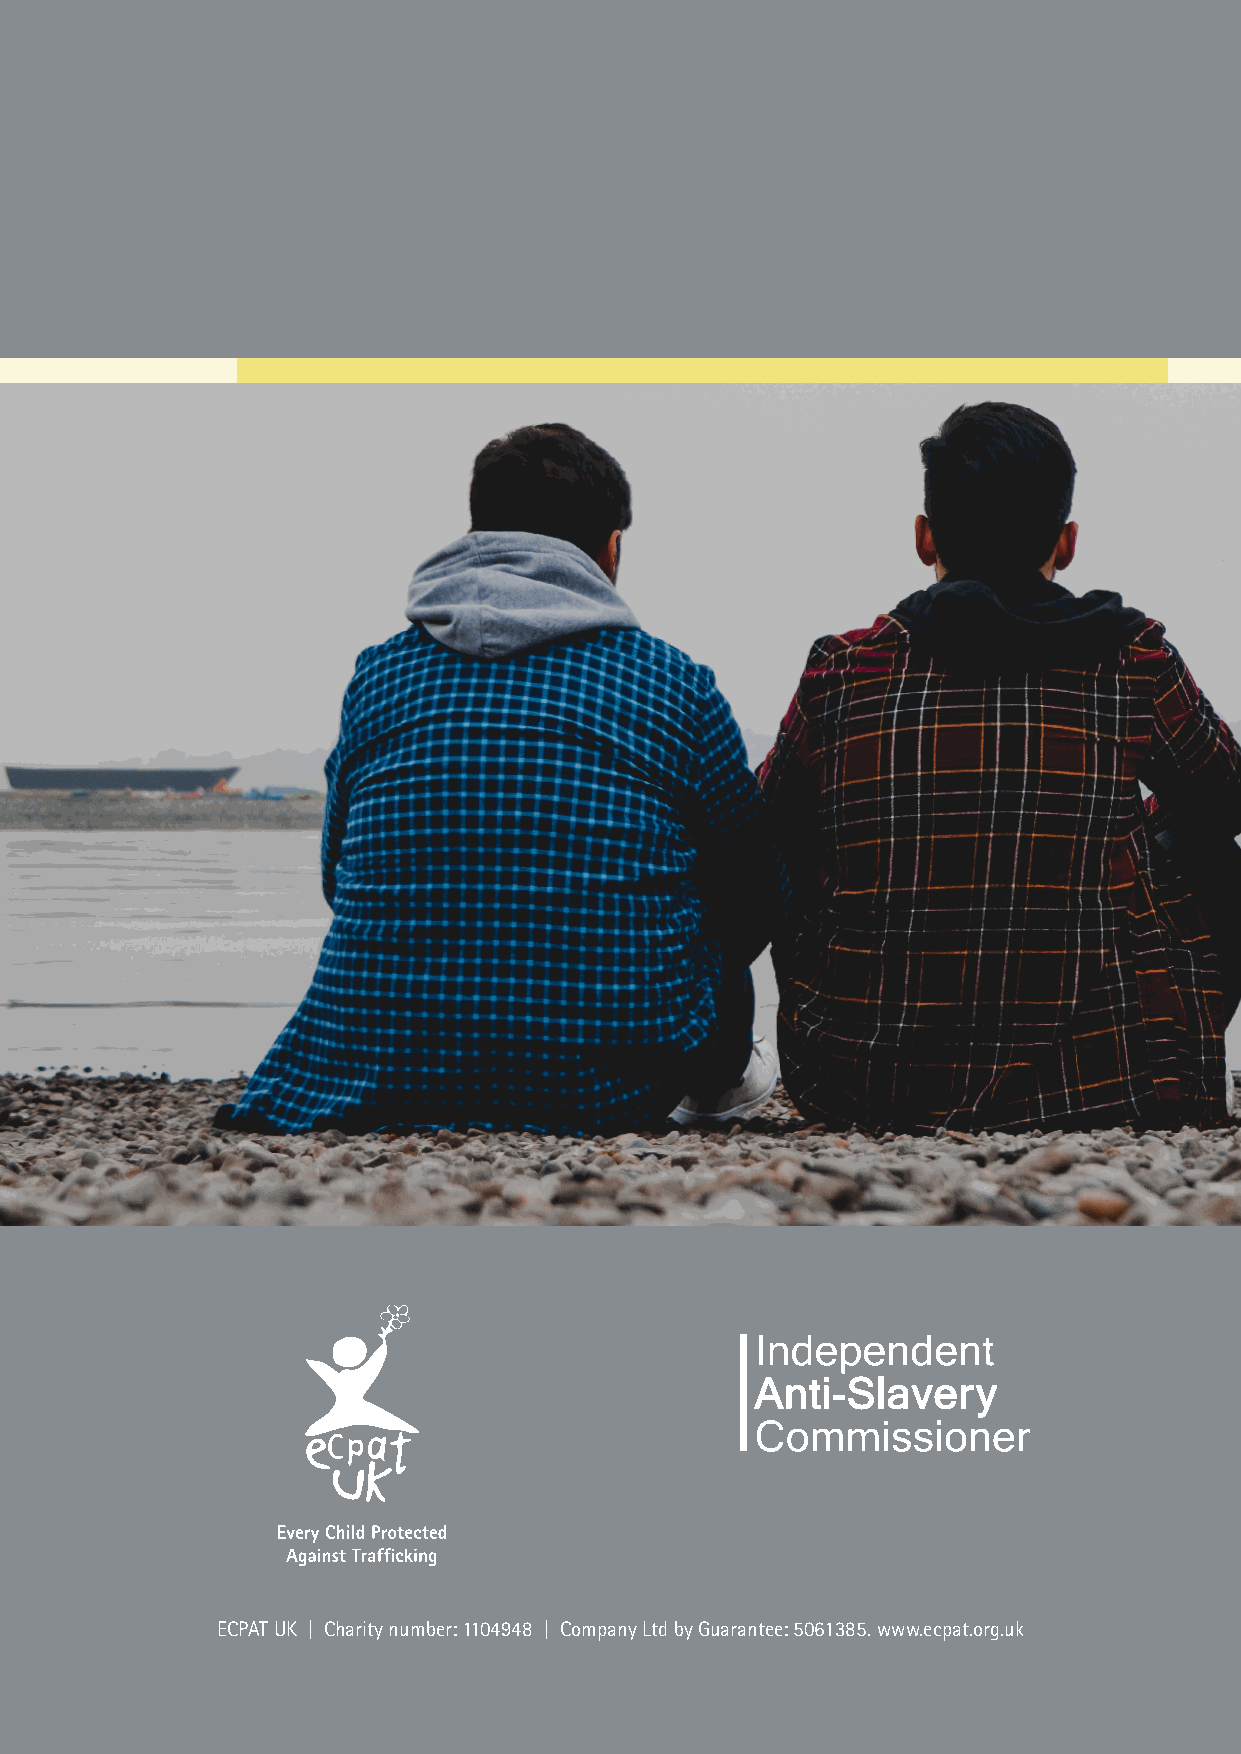
Child trafficking in the UK 2021: a snapshot
 ECPAT UK | Charity number: 1104948 | Company Ltd by Guarantee: 5061385. www.ecpat.org.uk
 1